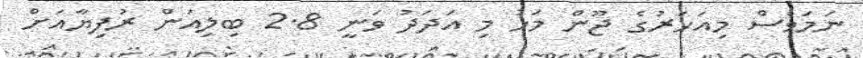
ނަމަވެސް މިއަހަރުގެ ޖޫން މަހު މި އަދަދު ވަނީ 2.8 ބިލިއަން ރުފިޔާއަށް